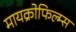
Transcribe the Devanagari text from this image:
मायक्रोफिल्म्स